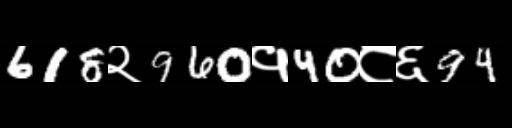
Text: 618२960१40८६94